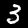
Digit: 3